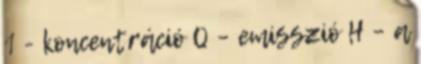
1 - koncentráció Q – emisszió H – a